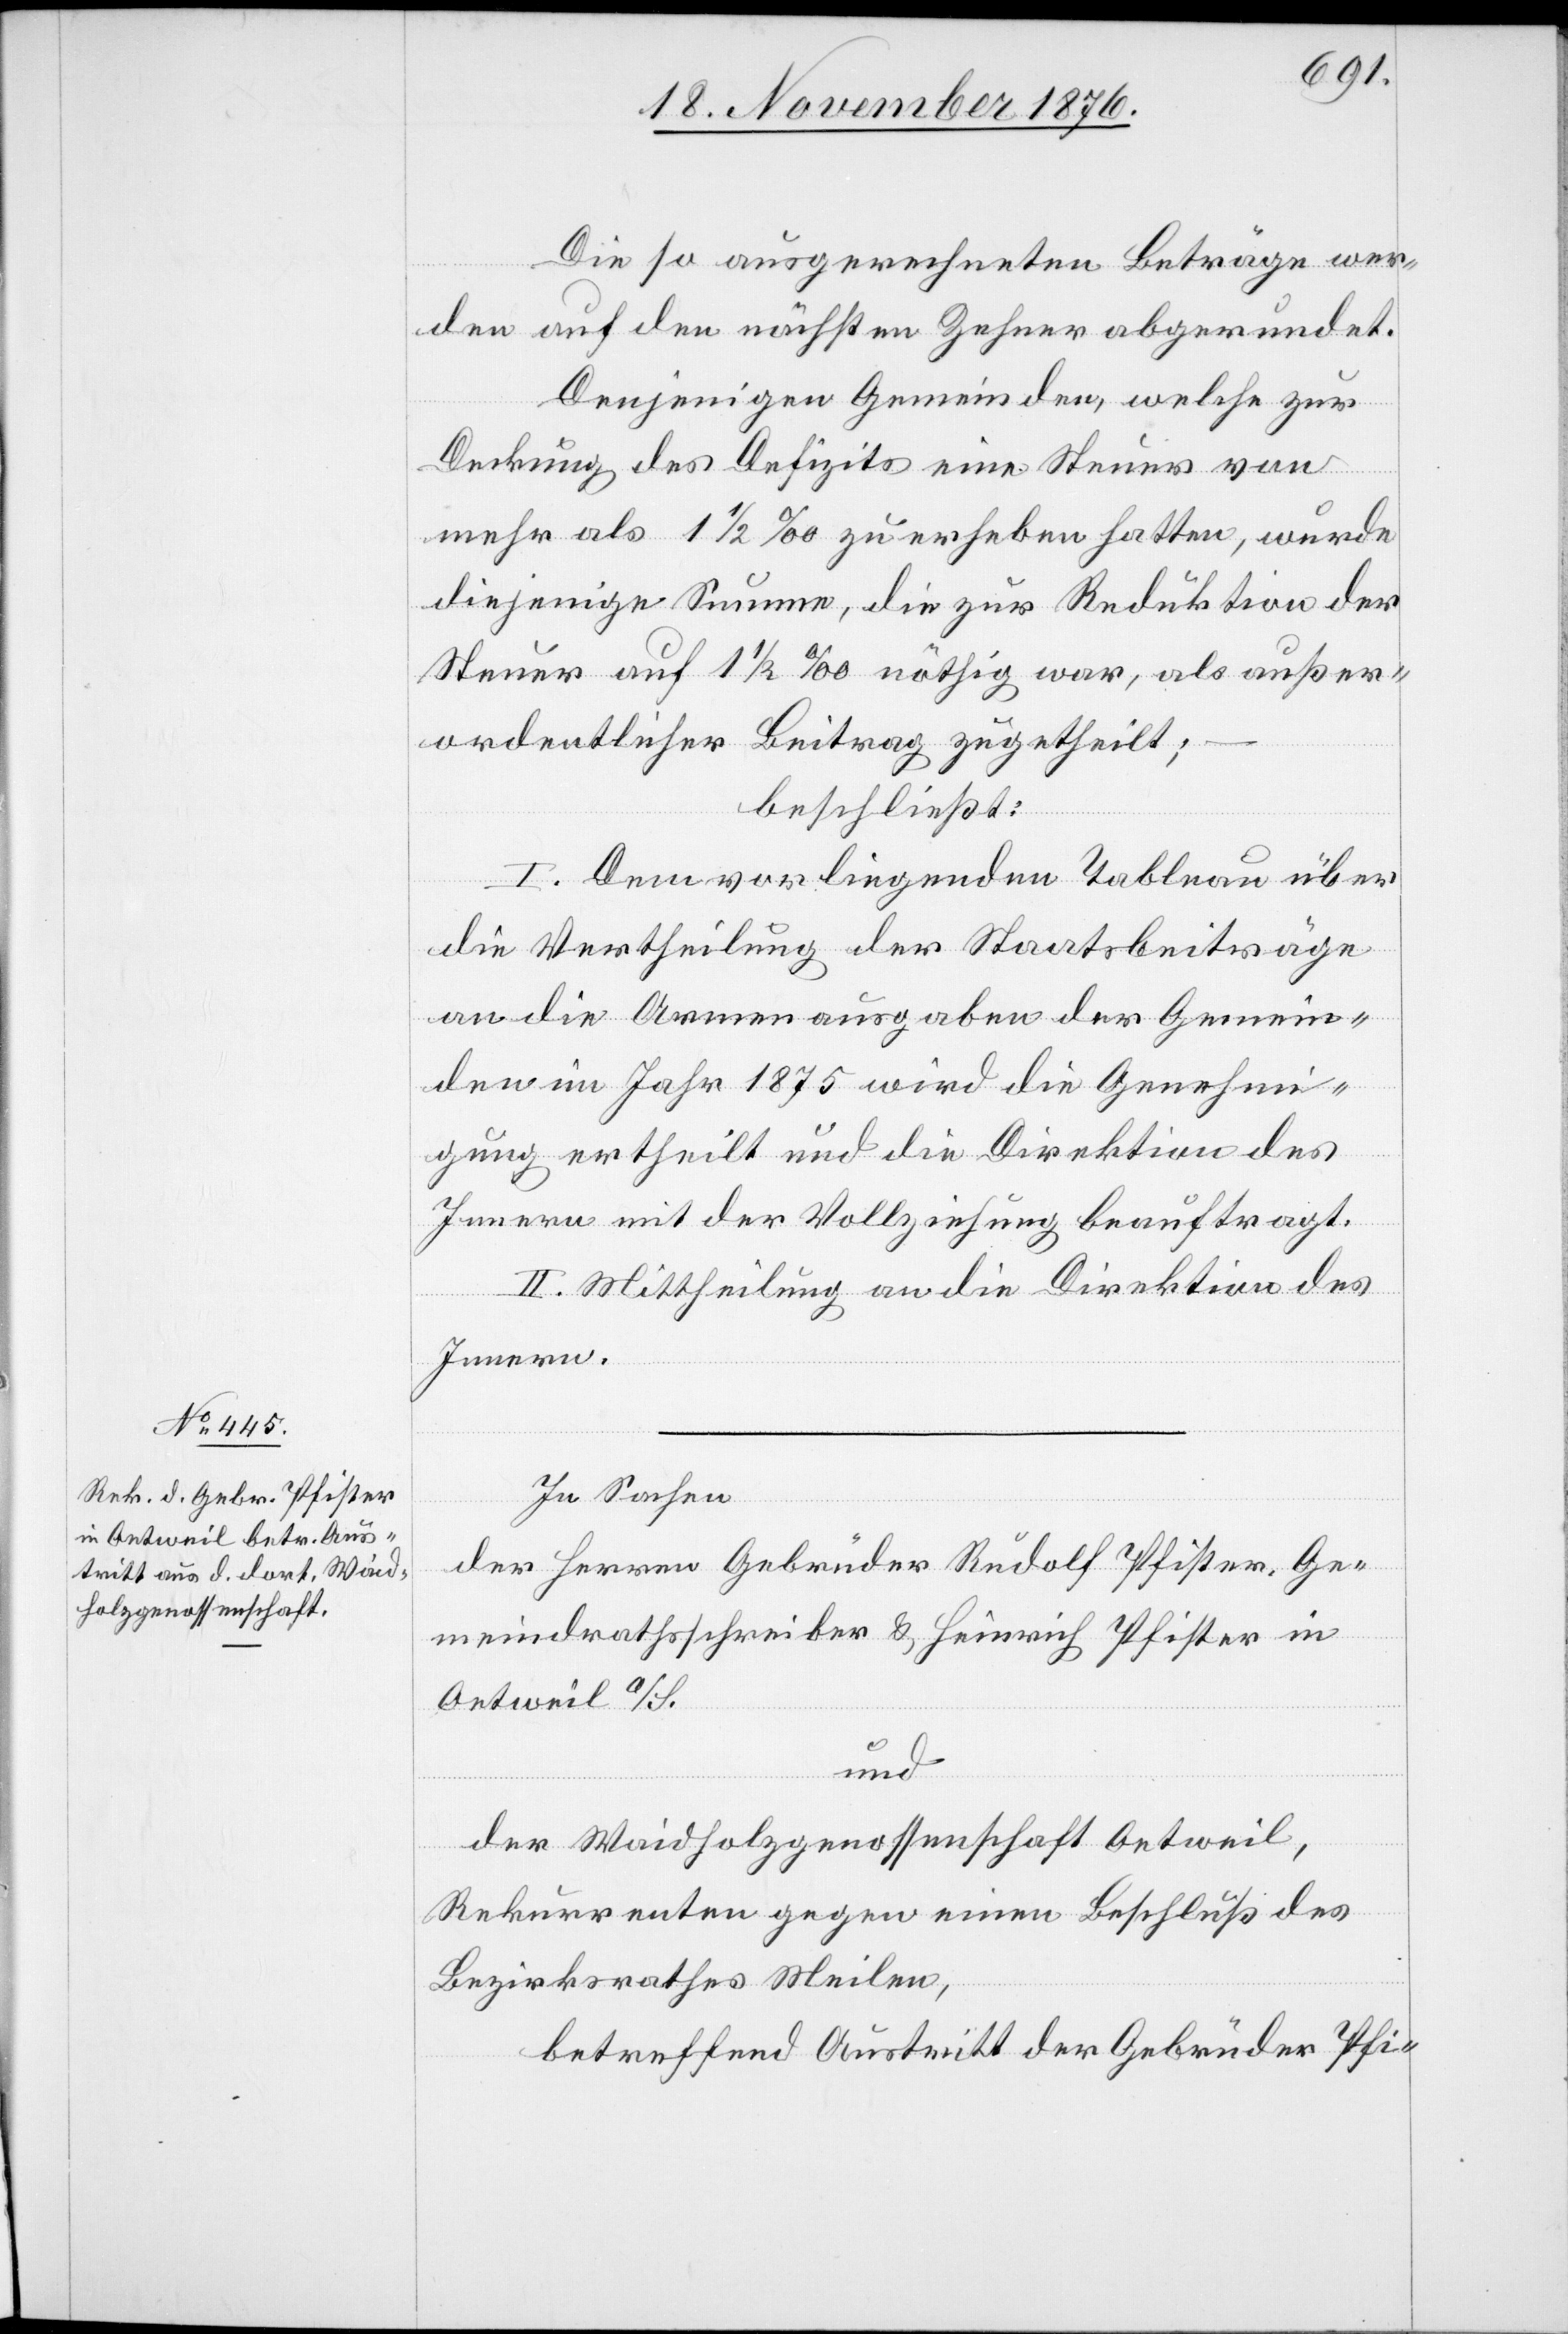
Die so ausgerechneten Beträge wer¬
den auf den nächsten Zehner abgerundet.
Denjenigen Gemeinden, welche zur
Deckung des Defizits eine Steuer von
mehr als 1 1/2‰ zu erheben hatte, wurde
diejenige Summe, die zur Reduktion der
Steuer auf 1 1/2‰ nöthig war, als außer¬
ordentlicher Beitrag zugetheilt;
–
beschließt:
I. Dem vorliegenden Tableau über
die Vertheilung der Staatsbeiträge
an die Armenausgaben der Gemein¬
den im Jahr 1875 wird die Genehmi¬
gung ertheilt und die Direktion des
Innern mit der Vollziehung beauftragt.
II. Mittheilung an die Direktion des
Innern.
In Sachen
der Herren Gebrüder Rudolf Pfister, Ge¬
meindrathsschreiber & Heinrich Pfister in
Oetweil a/S.
und
der Waidholzgenossenschaft Oetweil,
Rekurrenten gegen einen Beschluß des
Bezirksrathes Meilen,
betreffend Austritt der Gebrüder Pfi-